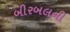
બીરબલની